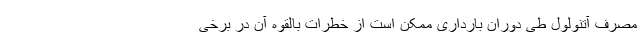
مصرف آتنولول طی دوران بارداری ممکن است از خطرات بالقوه آن در برخی